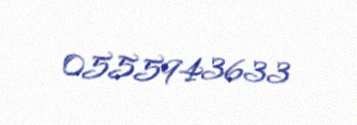
0555943633